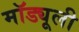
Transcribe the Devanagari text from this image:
मॉड्यूली